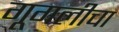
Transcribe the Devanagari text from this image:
गूगलीचा